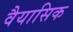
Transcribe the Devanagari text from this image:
वैयासिक